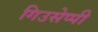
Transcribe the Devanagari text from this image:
गिउसेप्पी